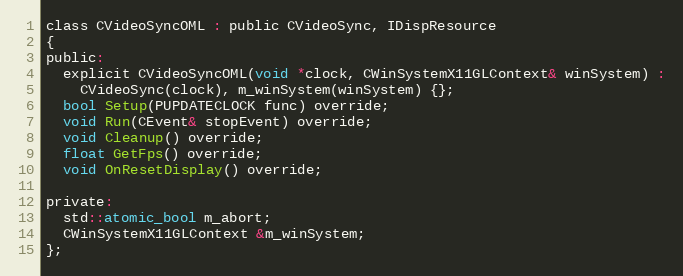
Language: C
class CVideoSyncOML : public CVideoSync, IDispResource
{
public:
  explicit CVideoSyncOML(void *clock, CWinSystemX11GLContext& winSystem) :
    CVideoSync(clock), m_winSystem(winSystem) {};
  bool Setup(PUPDATECLOCK func) override;
  void Run(CEvent& stopEvent) override;
  void Cleanup() override;
  float GetFps() override;
  void OnResetDisplay() override;

private:
  std::atomic_bool m_abort;
  CWinSystemX11GLContext &m_winSystem;
};